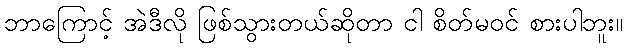
ဘာကြောင့် အဲဒီလို ဖြစ်သွားတယ်ဆိုတာ ငါ စိတ်မဝင် စားပါဘူး။